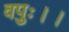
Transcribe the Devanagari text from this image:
वपुः।।